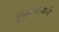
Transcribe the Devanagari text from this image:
दुखावल्याने